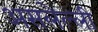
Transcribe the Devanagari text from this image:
असलेल्ली